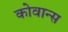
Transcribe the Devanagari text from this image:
कोवान्स